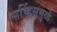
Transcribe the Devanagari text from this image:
सर्व्हिसमुळे